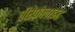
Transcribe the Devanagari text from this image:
प्रीरेफ़ेलाइट